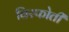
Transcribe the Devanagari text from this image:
विस्फोती